Medical and sanitary report of the native army of Bengal for the year
Year: 1876
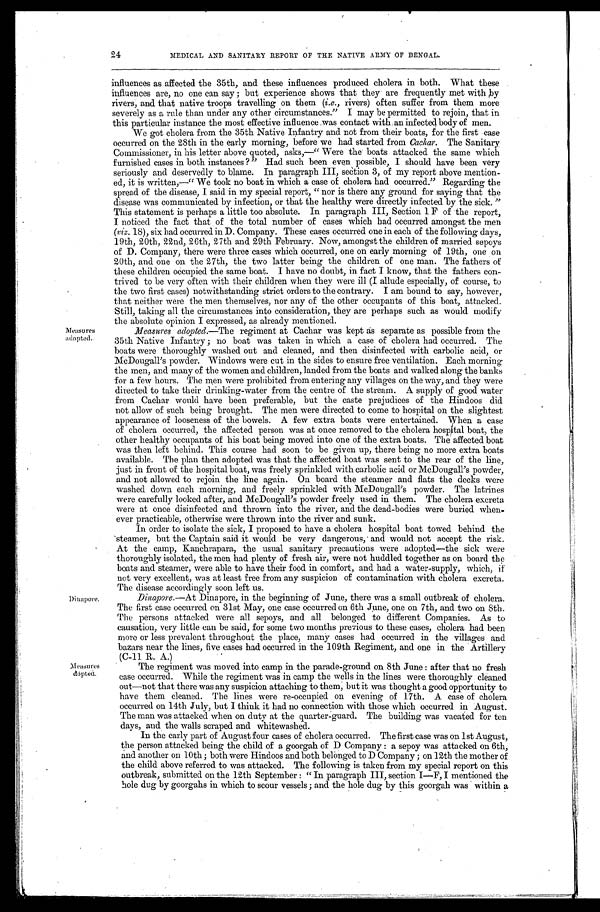
24
MEDICAL AND SANITARY REPORT OF THE NATIVE ARMY OF BENGAL.
influences as affected the 35th, and these influences produced cholera in both. What these
influences are, no one can say ; but experience shows that they are frequently met with by
rivers; and that native troops travelling on them ( i.e., rivers) often suffer from them more
severely as a rule than under any other circumstances." I may be permitted to rejoin, that in
this particular instance the most effective influence was contact with an infected body of men.
We got cholera from the 35th Native Infantry and not from their boats, for the first case
occurred on the 28th in the early morning, before we had started from Cachar. The Sanitary
Commissioner, in his letter above quoted, asks," Were the boats attacked the same which
furnished cases in both instances ?" Had such been even possible, I should have been very
seriously and deservedly to blame. In paragraph III, section 3, of my report above mention-
ed, it is written,—" We took no boat in which a case of cholera had occurred." Regarding the
spread of the disease, I said in my special report, " nor is there any ground for saying that the
disease was communicated by infection, or that the healthy were directly infected by the sick. "
This statement is perhaps a little too absolute. In paragraph III, Section 1 F of the report,
I noticed the fact that of the total number of cases which had occurred amongst the men
(viz. 18), six had occurred in D. Company. These cases occurred one in each of the following days,
19th, 20th, 22nd, 26th, 27th and 29th February. Now, amongst the children of married sepoys
of D. Company, there were three cases which occurred, one on early morning of 19th, one on
20th, and one on the 27th, the two latter being the children of one man. The fathers of
these children occupied the same boat. I have no doubt, in fact I know, that the fathers con-
trived to be very often with their children when they were ill (I allude especially, of course, to
the two first cases) notwithstanding strict orders to the contrary. I am bound to say, however,
that neither were the men themselves, nor any of the other occupants of this boat, attacked.
Still, taking all the circumstances into consideration, they are perhaps such as would modify
the absolute opinion I expressed, as already mentioned.
Measures
adopted.
Dina pore.
Measures
dopted.
Measures adopted. —The regiment at Cachar was kept as separate as possible from the
35th Native Infantry ; no boat was taken in which a case of cholera had occurred. The
boats were thoroughly washed out and cleaned, and then disinfected with carbolic acid, or
McDougal l ' s powder . Wi ndows wer e cut i n t he s i des t o ens ur e f r ee vent i l at i on. Each mor ni ng
the men, and many of the women and children, landed from the boats and walked along the banks
for a few hours. The men were prohibited from entering any villages on the way, and they were
directed to take their drinking-water from the centre of the stream. A supply of good water
from Cachar would have been preferable, but the caste prejudices of the Hindoos did
not allow of such being brought. The men were directed to come to hospital on the slightest
appearance of looseness of the bowels. A few extra boats were entertained. When a case
of cholera occurred, the affected person was at once removed to the cholera hospital boat, the
other healthy occupants of his boat being moved into one of the extra boats. The affected boat
was then left behind. This course had soon to be given up, there being no more extra boats
available. The plan then adopted was that the affected boat was sent to the rear of the line,
just in front of the hospital boat, was freely sprinkled with carbolic acid or McDougall's powder,
and not allowed to rejoin the line again. On board the steamer and flats the decks were
washed down each morning, and freely sprinkled with McDougall's powder. The latrines
were carefully looked after, and McDougall's powder freely used in them. The cholera excreta
were at once disinfected and thrown into the river, and the dead-bodies were buried when-
ever practicable, otherwise were thrown into the river and sunk.
In order to isolate the sick, I proposed to have a cholera hospital boat towed behind the
steamer, but the Captain said it would be very dangerous, and would not accept the risk.
At the camp, Kanchrapara, the usual sanitary precautions were adopted—the sick were
thoroughly, isolated, the men had plenty of fresh air, were not huddled together as on board the
boats and steamer, were able to have their food in comfort, and had a water-supply, which, if
not very excellent, was at least free from any suspicion of contamination with cholera excreta.
The disease accordingly soon left us.
Dinapore. —At Dinapore, in the beginning of June, there was a small outbreak of cholera.
The first case occurred on 31st May, one case occurred on 6th June, one on 7th, and two on 8th.
The persons attacked were all sepoys, and all belonged to different Companies. As to
causation, very little can be said, for some two months previous to these cases, cholera had been
more or less prevalent throughout the place, many cases had occurred in the villages and
bazars near the lines, five cases had occurred in the 109th Regiment, and one in the Artillery
(C-11 R. A.)
The regiment was moved into camp in the parade-ground on 8th June : after that no fresh
case occurred. While the regiment was in camp the wells in the lines were thoroughly cleaned
out—not that there was any suspicion attaching to them, but it was thought a good opportunity to
have them cleaned. The lines were re-occupied on evening of 17th. A case of cholera
occurred on 14th July, but I think it had no connection with those which occurred in August.
The man was attacked when on duty at the quarter-guard. The building was vacated for ten
days, and the walls scraped and whitewashed.
In the early part of August four cases of cholera occurred. The first case was on 1st August,
the person attacked being the child of a goorgah of D Company : a sepoy was attacked on 6th,
and another on 10th ; both were Hindoos and both belonged to D Company ; on 12th the mother of
the child above referred to was attacked. The following is taken from my special report on this
outbreak, submitted on the 12th September : " In paragraph III, section I—F, I mentioned the
hole dug by goorgahs in which to scour vessels ; and the hole dug by this goorgah was within a